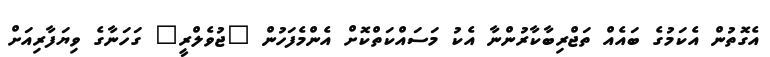
އެގޮތުން އެކަމުގެ ބައެއް ތަޖްރިބާކާރުންނާ އެކު މަސައްކަތްކޮށް އެންމެފަހުން "ޖުވެލްރީ" ގަހަނާގެ ވިޔަފާރިއަށް